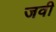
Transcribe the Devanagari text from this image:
जवी